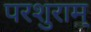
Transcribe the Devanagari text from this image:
परशुराम्